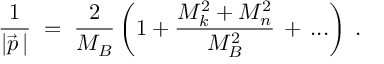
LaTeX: \frac { 1 } { | \vec { p } \, | } \; = \; \frac { 2 } { M _ { B } } \left( 1 + \frac { M _ { k } ^ { 2 } + M _ { n } ^ { 2 } } { M _ { B } ^ { 2 } } \, + \, . . . \right) \; .